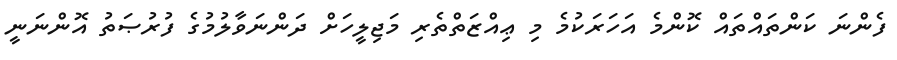
ފެންނަ ކަންތައްތައް ކޮންމެ އަހަރަކުމެ މި ޢިއްޒަތްތެރި މަޖިލީހަށް ދަންނަވާލުމުގެ ފުރުޞަތު އޮންނަނީ